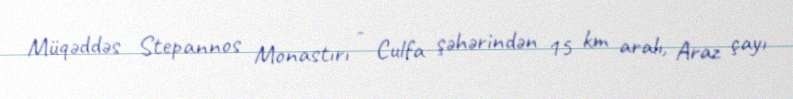
Müqəddəs Stepannos Monastırı - Culfa şəhərindən 15 km aralı, Araz çayı